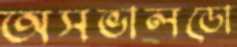
অসভালডো